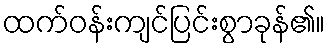
ထက်ဝန်းကျင်ပြင်းစွာခုန်၏။